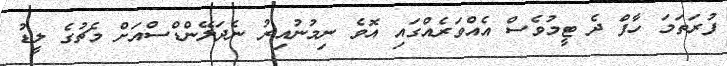
ފުރަތަމަ ހާފް ދެ ޓީމުވެސް އެއްވަރެއްގައި އޮވެ ނިމުނުއިރު ނެދަލޭންޑްސްއަށް މެޗުގެ ލީޑު